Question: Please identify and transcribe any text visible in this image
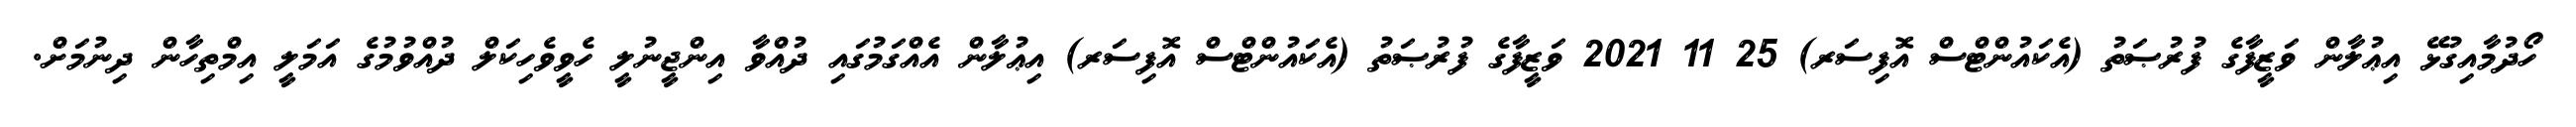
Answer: ހޯދުމާއިގުޅޭ އިޢުލާން ވަޒީފާގެ ފުރުޞަތު (އެކައުންޓްސް އޮފިސަރ) 25 11 2021 ވަޒީފާގެ ފުރުޞަތު (އެކައުންޓްސް އޮފިސަރ) އިޢުލާން އެއްގަމުގައި ދުއްވާ އިންޖީނުލީ ހެވީވެހިކަލް ދުއްވުމުގެ އަމަލީ އިމްތިހާން ދިނުމަށް.